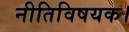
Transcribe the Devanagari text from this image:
नीतिविषयक।